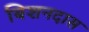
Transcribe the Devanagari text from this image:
बिशनदास